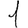
Digit: 1